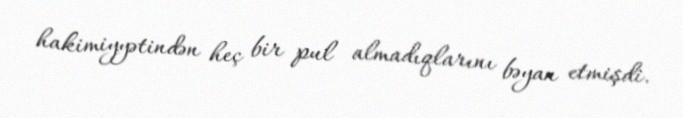
hakimiyyətindən heç bir pul almadıqlarını bəyan etmişdi.